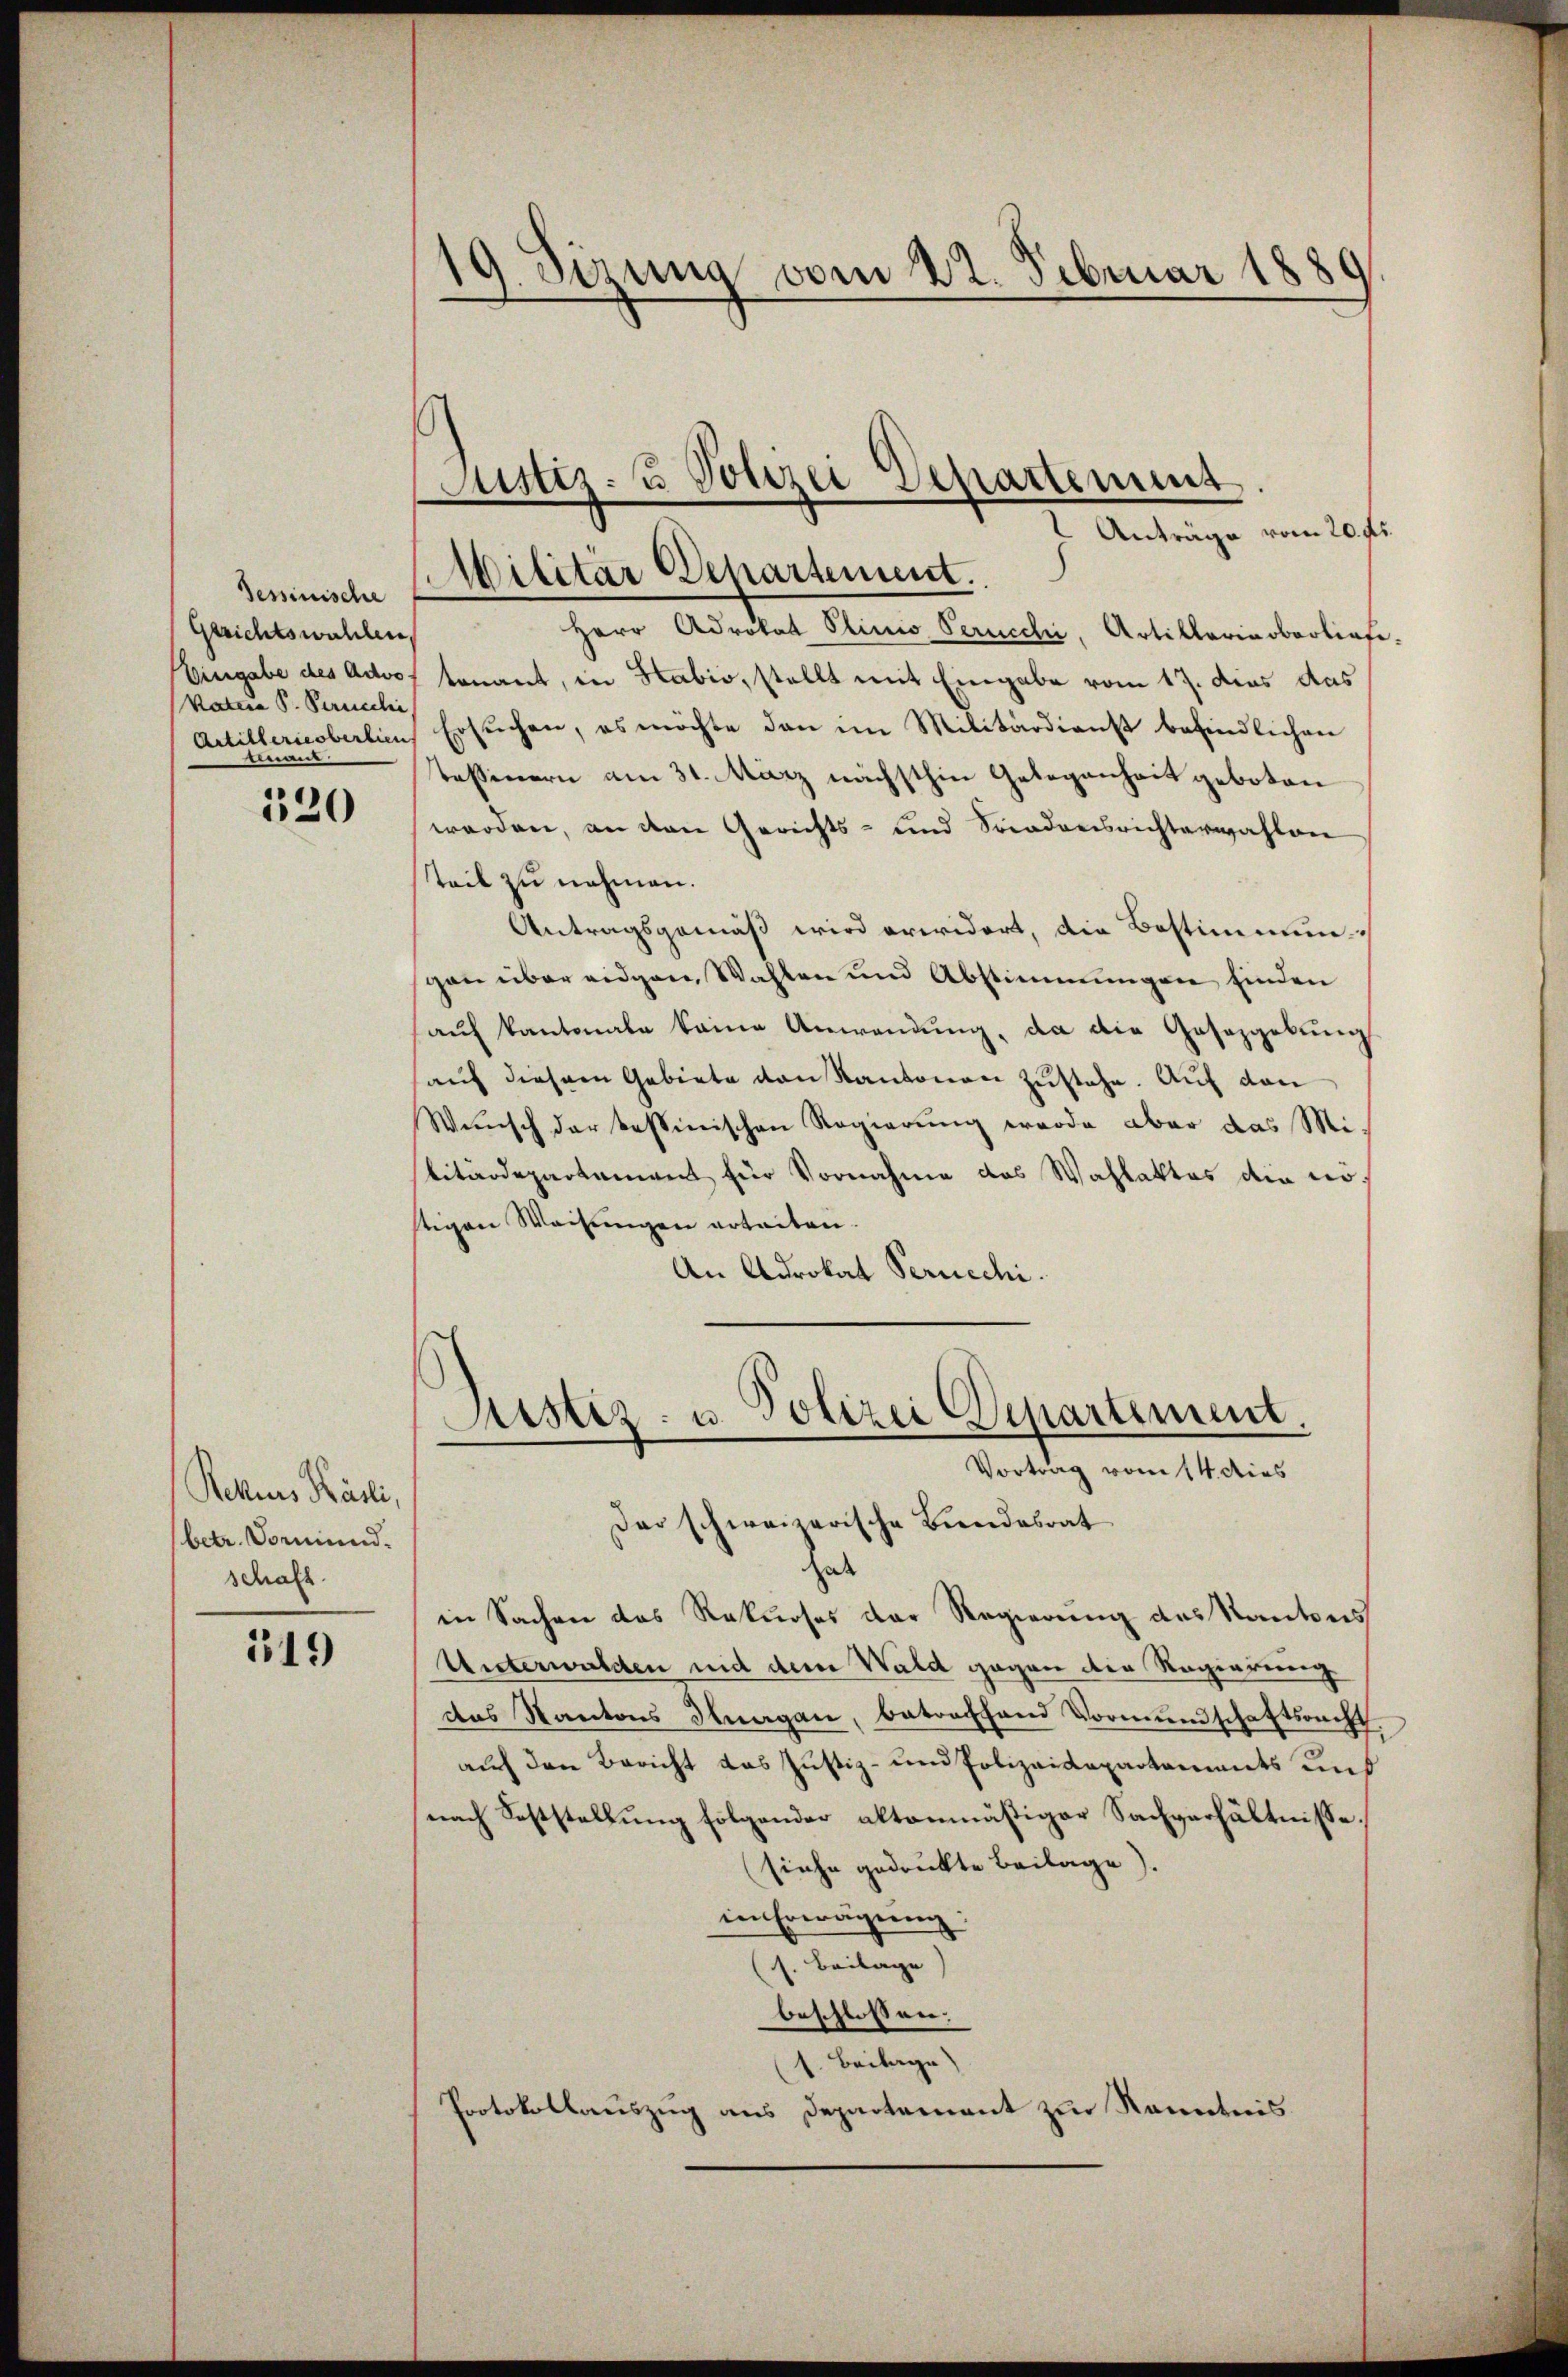
Sessinische
Gerichtswahlen,
Eingabe des Advo
Vatere S. Perreche
Artillerie obertien

320

Rekurs Käsli,
(betr. Vormund.
schaft.

119

19. Sizung vom 22. Februar 1880

Justiz- u Vonzer Departement
2 Anträge vom 20. fl.
Militar Departement.

Herr Advokat Plinio Perucchi, Artiklaria oberliefe
tenant, in Stabio, stellt mit Eingabe vom 17. dies das
Ersuchen, es möchte dann im Militärdienst befindlichen
tessinern am 31. März nächsthin Gelegenheit geboten
werden, an den Gerichts- und Soradensrichterwahlen
teil zu nehmen.
Antragsgemäß wird erwidert, die Bestimmungen über eidgen, Wahlen und Abstimmungen finden
auf kantonale keine Anwendung, da die Gesetzgebung
auf diesem Gebiete von Kantonen zustehe. Auf den
Wŭnsch der bessinischen Regierung werde aber das Mislitärdepartement für Vornahme des Wahlaktes die no
stigen Weisungen erteiten.
An Adrokat Peruechi.
s

Justiz- u. Polizei Departement.
Vortrag vom 14. dies
Der schweizerische Bundesrat

as
in Sachen das Rekurses der Regierung des Kantons
Unterwalden und dem Wald gegen der Regierung
das Kantons Ilnagan, betractand Vormundschaftsrecht.
auch den Bericht das Justiz- und Polizeidepartements uns
nach Feststellung folgender altenmäßiger Sachverhältnisse,
siehe gedruckte Beilage).
im Erwägung.
(s. Beilage)
beschlossen:
1. Beilage)
Protokollauszug aus Departement zur Kenntnis